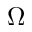
\Omega